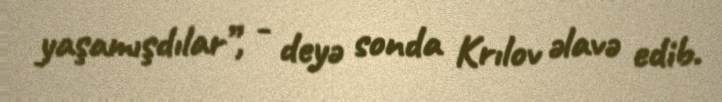
yaşamışdılar”, - deyə sonda Krılov əlavə edib.